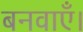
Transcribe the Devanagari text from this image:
बनवाएँ।